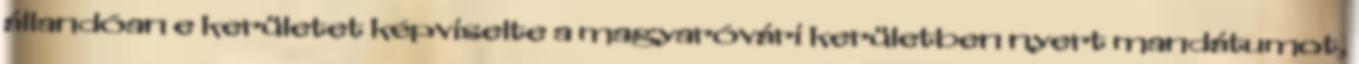
állandóan e kerületet képviselte a magyaróvári kerületben nyert mandátumot,